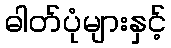
ဓါတ်ပုံများနှင့်